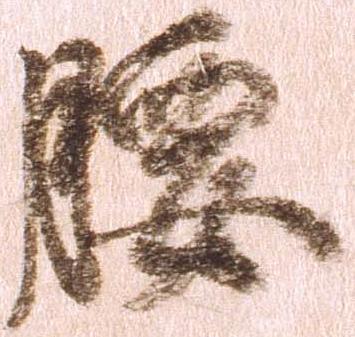
腰